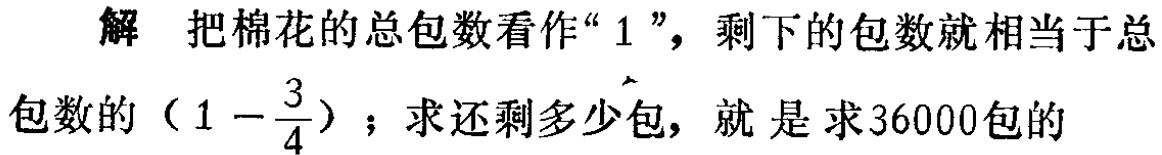
解 把棉花的总包数看作“$1$”，剩下的包数就相当于总包数的（$1 - \dfrac{3}{4}$）；求还剩多少包，就是求36000包的